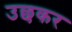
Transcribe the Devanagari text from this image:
उछकर